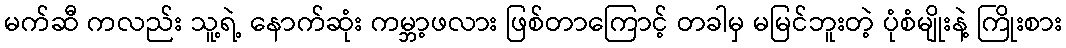
မက်ဆီ ကလည်း သူ့ရဲ့ နောက်ဆုံး ကမ္ဘာ့ဖလား ဖြစ်တာကြောင့် တခါမှ မမြင်ဘူးတဲ့ ပုံစံမျိုးနဲ့ ကြိုးစား